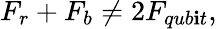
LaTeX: F_{r}+F_{b}\neq2F_{qub\mathbf{i}t},